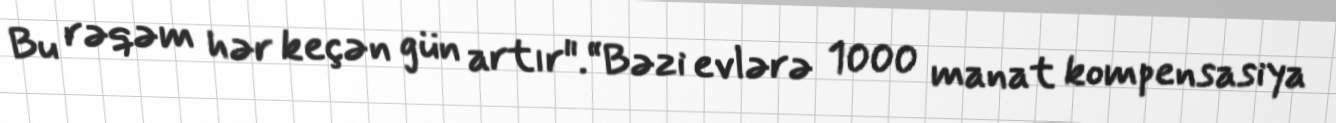
Bu rəqəm hər keçən gün artır".“Bəzi evlərə 1000 manat kompensasiya